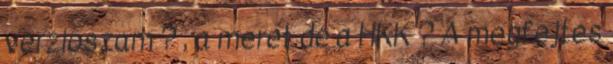
verzioszam ? , a meret.de a HKK ? A megfejtes